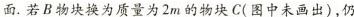
面. 若B物块换为质量为2m的物块C(图中未画出)，仍|